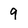
Character: 9